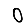
Digit: 0